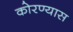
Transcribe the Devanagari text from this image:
कोरण्यास